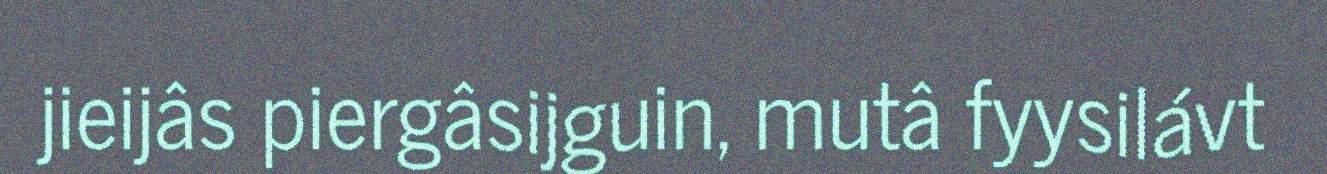
jieijâs piergâsijguin, mutâ fyysilávt